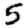
Digit: 5